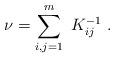
LaTeX: \begin{align*}\nu=\sum_{i,j=1}^m\ K^{-1}_{ij}\ .\end{align*}